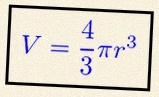
V=\frac43\pi r^3